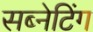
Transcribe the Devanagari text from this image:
सब्नेटिंग